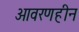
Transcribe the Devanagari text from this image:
आवरणहीन